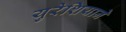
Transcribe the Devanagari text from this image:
युरेशियाने